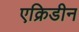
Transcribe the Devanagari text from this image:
एक्रिडीन